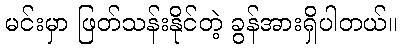
မင်းမှာ ဖြတ်သန်းနိုင်တဲ့ ခွန်အားရှိပါတယ်။